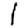
Digit: 1